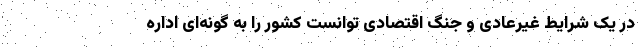
در یک شرایط غیرعادی و جنگ اقتصادی توانست کشور را به گونه‌ای اداره